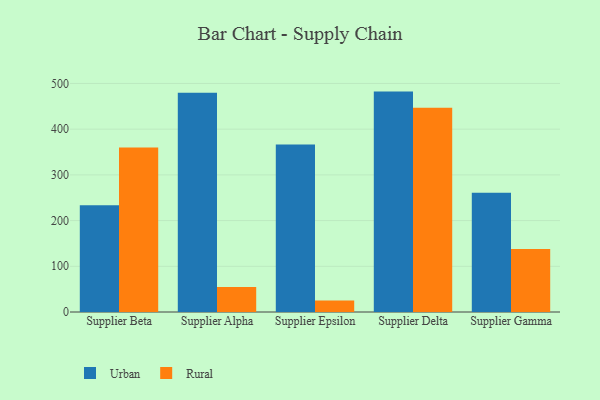
{"axis": {"x": "Supplier", "y": "Headcount"}, "legend": ["Rural", "Urban"], "data": [{"x": "Supplier Beta", "y": 233.6, "type": "Urban"}, {"x": "Supplier Beta", "y": 359.7, "type": "Rural"}, {"x": "Supplier Alpha", "y": 479.8, "type": "Urban"}, {"x": "Supplier Alpha", "y": 54.7, "type": "Rural"}, {"x": "Supplier Epsilon", "y": 366.2, "type": "Urban"}, {"x": "Supplier Epsilon", "y": 25.0, "type": "Rural"}, {"x": "Supplier Delta", "y": 482.2, "type": "Urban"}, {"x": "Supplier Delta", "y": 446.6, "type": "Rural"}, {"x": "Supplier Gamma", "y": 260.9, "type": "Urban"}, {"x": "Supplier Gamma", "y": 137.6, "type": "Rural"}]}